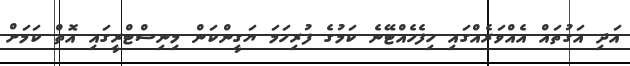
އަދި އަގުތައް އެއްވަރެއްގައި ހިފެހެއްޓޭނެ ކަމުގެ ފުރިހަމަ ޔަގީންކަން މިނިސްޓްރީގައި އޮތް ކަމަށް